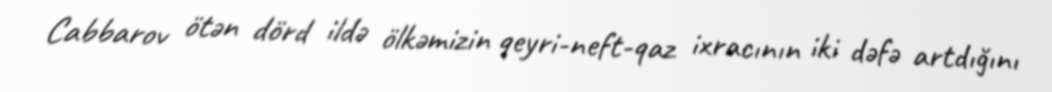
Cabbarov ötən dörd ildə ölkəmizin qeyri-neft-qaz ixracının iki dəfə artdığını